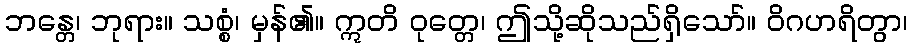
ဘန္တေ၊ ဘုရား။ သစ္စံ၊ မှန်၏။ ဣတိ ဝုတ္တေ၊ ဤသို့ဆိုသည်ရှိသော်။ ဝိဂဟရိတွာ၊